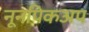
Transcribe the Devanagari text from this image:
नूनपिकअप